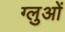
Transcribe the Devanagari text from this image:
ग्लुओं